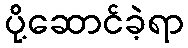
ပို့ဆောင်ခဲ့ရာ